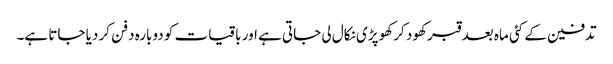
تدفین کے کئی ماہ بعد قبر کھود کر کھوپڑی نکال لی جاتی ہے اور باقیات کو دوبارہ دفن کر دیا جاتا ہے۔